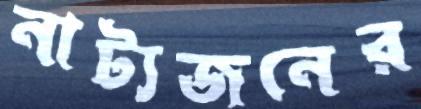
নাট্যজনের